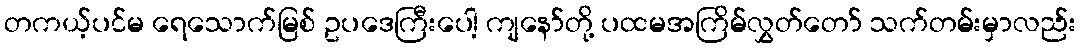
တကယ့်ပင်မ ရေသောက်မြစ် ဥပဒေကြီးပေါ့ ကျနော်တို့ ပထမအကြိမ်လွှတ်တော် သက်တမ်းမှာလည်း